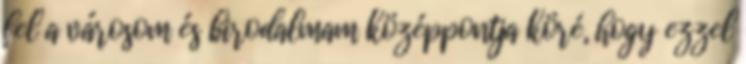
fel a városom és birodalmam középpontja köré, hogy ezzel